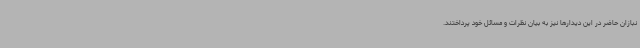
نبازان حاضر در این دیدارها نیز به بیان نظرات و مسائل خود پرداختند.